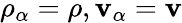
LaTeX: \rho_{\alpha}=\rho,\mathbf{v}_{\alpha}=\mathbf{v}